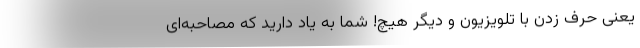
یعنی حرف زدن با تلویزیون و دیگر هیچ! شما به یاد دارید که مصاحبه‌ای